Report on inoculation in the plague infected areas of the Punjab and its dependencies from October 1900 to September 1901
Year: 1900
Disease focus: Plague
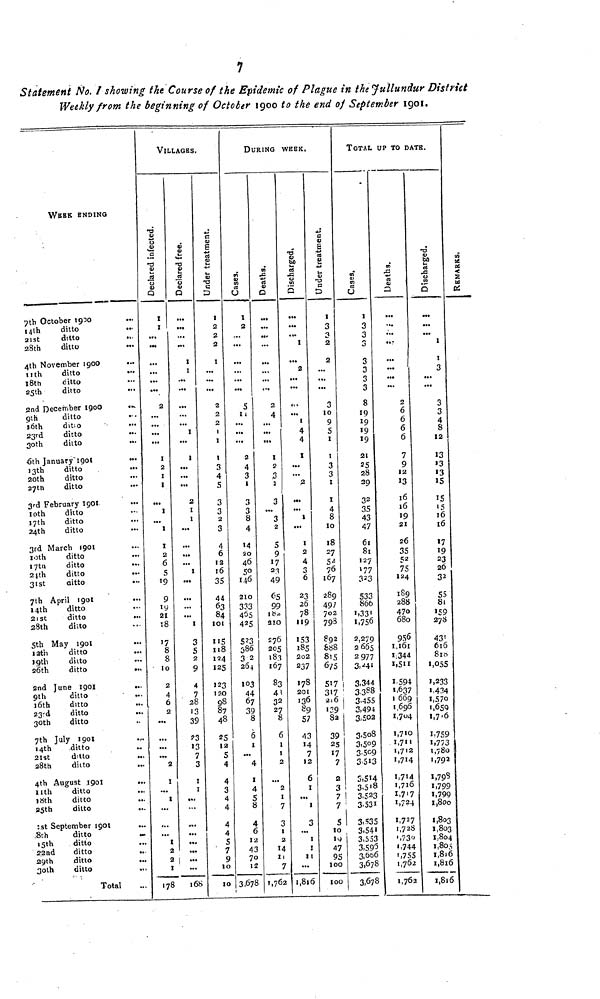
7
Statement No. 1 showing the Course of the Epidemic of Plague in the Jullundur District
Weekly from the beginning of October 1900 to the end of September 1901.
WEEK ENDING
7th October 1900
14th
ditto
21st
ditto
28th
ditto
4th November 1900
11th
ditto
18th
ditto
25th
ditto
2nd December 1900
9th
ditto
16th
ditto
23rd
ditto
30th
ditto
6th January 1901
13th
ditto
20th
ditto
27th
ditto
3rd February 1901
10th
ditto
17th
ditto
24th
ditto
3rd March 1901
10th
ditto
17th
ditto
24th
ditto
31st
ditto
7th April 1901
14th
ditto
21st
ditto
28th
ditto
5th May 1901
12th
ditto
15th
ditto
26th
ditto
...
2nd June
1901
...
9th
ditto
16th
ditto
23rd
ditto
30th
ditto
7th July 1901
14th
ditto
21st
ditto
28th
ditto
4th August 1901
...
nth
ditto
18th
ditto
25th
ditto
1st September 1901
...
8th
ditto
15th
ditto
22nd
ditto
29th
ditto
30th
ditto
Total
VILLAGES.
Declared infected.
I
I
...
...
2
...
...
...
...
I
2
I
1
I
...
I
I
2
6
5
19
9
19
21
18
17
8
8
10
2
4
6
2
...
...
...
...
2
I
...
I
...
...
...
I
2
2
I
178
Declared free.
...
...
...
1
1
...
...
...
1
...
1
...
...
...
2
1
1
...
...
...
...
1
...
...
...
...
1
3
5
2
9
4
7
28
13
39
23
13
7
3
1
1
«<
...
...
...
1
168
Under treatment.
2
2
2
I
...
2
2
2
1
I
I
3
4
5
3
3
2
3
4
6
12
16
35
44
63
84
101
115
118
124
125
123
120
98
87
48
25
12
5
4
4
3
4
4
4
4
5
7
9
10
10
DURING WEEK.
Cases.
2
...
...
...
...
5
11
...
...
...
2
4
3
1
3
3
8
4
14
20
46
5°1 46
210
333
455
425
523
386
32
264
103
44
67
39
8
6
1
...
4
I
4
5
8
4
6
12
43
70
12
3,678
Deaths.
...
...
2
4
...
I
2
3
3
3
...
3
2
5
9
17
23
49
65
99
182
310
£76
205
183
167
83
43
3 2
27
8
6
1
1
2
...
2
1
7
3
1
2
14
11
7
1,762
Discharged.
...
... 1
...
2
111
...
1
4
4
I
...
...
2
...
...
1
...
1
2
4
3
6
23
26
78
119
>53
185
202
237
178
201
136
89
57
43
14
7
12
6
1
1
3
...
1
1
11
...
1,816
Under treatment.
3
3
2
2
...
3
10
9
5
1
1
3
3
1
1
4
8
10
18
27
52
76
167
289
491
702
798
892
888
815
675
517
317
216
139
82
39
25
17
7
2
3
7
7
5
10
19
47
95
100
100
TOTAL UP TO DATE.
Cases.
3
3
3
3
3
3
3
8
19
19
19
19
21
25
28
29
32
35
43
47
61
81
127
177
323
533
866
1,331
1,756
2,279
2,665
2,977
3,241
3,344
3,388
3.455
3,494
3,502
3.508
3,509
3,509
3,513
3,514
3,518
3,523
3,531
3.535
3,541
3,553
3,595
3,606
3,678
3,678
Deaths.
...
...
....
...
...
...
2
6
6
6
6
7
9
12
13
16
16
19
21
26
35
52
75
124
189
288
47o
680
956
1,161
1,344
1,511
1,594
1,637
1 669
1,696
1,704
1,710
1,711
1,712
1,714
1,714
1,716
1,717
1,724
1,727
1,728
1,730
1,744
1,755
1,762
1,762
Discharged.
...
...
I
I
3
...
...
3
3
4
8
12
13
»3
13
15
15
15
16
16
17
19
23
26
32
55
81
159
278
43
616
810
1,055
1,233
1,434
1,570
1,650
1,716
1,759
1,773
1,780
1,792
1,798
1,799
1,799
1,800
1,803
1,803
1,804
1,805
1,816
1,816
1,816
REMARKS.